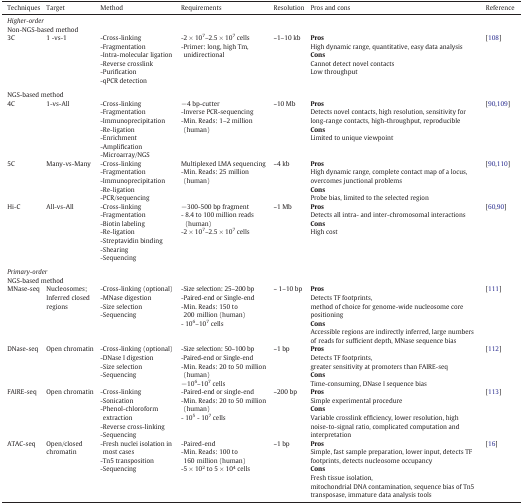
<table><thead><tr><td><b>Techniques</b></td><td><b>Target</b></td><td><b>Method</b></td><td><b>Requirements</b></td><td><b>Resolution</b></td><td><b>Pros and cons</b></td><td><b>Reference</b></td></tr></thead><tbody><tr><td colspan="7"><i>Higher-order</i></td></tr><tr><td colspan="7">Non-NGS-based method</td></tr><tr><td>3C</td><td>1 -vs-1</td><td>-Cross-linking-Fragmentation-Intra-molecular ligation-Reverse crosslink-Purification-qPCR detection</td><td>-2 × 10<sup>7</sup>–2.5 × 10<sup>7</sup> cells-Primer: long, high Tm, unidirectional</td><td>~1–10 kb</td><td><b>Pros</b>High dynamic range, quantitative, easy data analysis<b>Cons</b>Cannot detect novel contactsLow throughput</td><td>[108]</td></tr><tr><td colspan="7">  </td></tr><tr><td colspan="7">NGS-based method</td></tr><tr><td>4C</td><td>1-vs-All</td><td>-Cross-linking-Fragmentation-Immunoprecipitation-Re-ligation-Enrichment-Amplification-Microarray/NGS</td><td>−4 bp-cutter-Inverse PCR-sequencing-Min. Reads: 1–2 million (human)</td><td>~10 Mb</td><td><b>Pros</b>Detects novel contacts, high resolution, sensitivity for long-range contacts, high-throughput, reproducible<b>Cons</b>Limited to unique viewpoint</td><td>[90,109]</td></tr><tr><td>5C</td><td>Many-vs-Many</td><td>-Cross-linking-Fragmentation-Immunoprecipitation-Re-ligation-PCR/sequencing</td><td>Multiplexed LMA sequencing-Min. Reads: 25 million (human)</td><td>~4 kb</td><td><b>Pros</b>High dynamic range, complete contact map of a locus, overcomes junctional problems<b>Cons</b>Probe bias, limited to the selected region</td><td>[90,110]</td></tr><tr><td>Hi-C</td><td>All-vs-All</td><td>-Cross-linking-Fragmentation-Biotin labeling-Re-ligation-Streptavidin binding-Shearing-Sequencing</td><td>−300-500 bp fragment- 8.4 to 100 million reads (human)-2 × 10<sup>7</sup>–2.5 × 10<sup>7</sup> cells</td><td>~1 Mb</td><td><b>Pros</b>Detects all intra- and inter-chromosomal interactions<b>Cons</b>High cost</td><td>[60,90]</td></tr><tr><td colspan="7">  </td></tr><tr><td colspan="7"><i>Primary-order</i></td></tr><tr><td colspan="7">NGS-based method</td></tr><tr><td>MNase-seq</td><td>Nucleosomes;Inferred closed regions</td><td>-Cross-linking (optional)-MNase digestion-Size selection-Sequencing</td><td>-Size selection: 25–200 bp-Paired-end or Single-end-Min. Reads: 150 to 200 million (human)- 10<sup>6</sup>–10<sup>7</sup> cells</td><td>~ 1–10 bp</td><td><b>Pros</b>Detects TF footprints,method of choice for genome-wide nucleosome core positioning<b>Cons</b>Accessible regions are indirectly inferred, large numbers of reads for sufficient depth, MNase sequence bias</td><td>[111]</td></tr><tr><td>DNase-seq</td><td>Open chromatin</td><td>-Cross-linking (optional)-DNase I digestion-Size selection-Sequencing</td><td>-Size selection: 50–100 bp-Paired-end or Single-end-Min. Reads: 20 to 50 million (human)−10<sup>6</sup>–10<sup>7</sup> cells</td><td>~1 bp</td><td><b>Pros</b>Detects TF footprints,greater sensitivity at promoters than FAIRE-seq<b>Cons</b>Time-consuming, DNase I sequence bias</td><td>[112]</td></tr><tr><td>FAIRE-seq</td><td>Open chromatin</td><td>-Cross-linking-Sonication-Phenol-chloroform extraction-Reverse cross-linking-Sequencing</td><td>-Paired-end or single-end-Min. Reads: 20 to 50 million (human)- 10<sup>5</sup> - 10<sup>7</sup> cells</td><td>~200 bp</td><td><b>Pros</b>Simple experimental procedure<b>Cons</b>Variable crosslink efficiency, lower resolution, high noise-to-signal ratio, complicated computation and interpretation</td><td>[113]</td></tr><tr><td>ATAC-seq</td><td>Open/closedchromatin</td><td>-Fresh nuclei isolation in most cases-Tn5 transposition-Sequencing</td><td>-Paired-end-Min. Reads: 100 to 160 million (human)-5 × 10<sup>2</sup> to 5 × 10<sup>4</sup> cells</td><td>~1 bp</td><td><b>Pros</b>Simple, fast sample preparation, lower input, detects TF footprints, detects nucleosome occupancy<b>Cons</b>Fresh tissue isolation,mitochondrial DNA contamination, sequence bias of Tn5 transposase, immature data analysis tools</td><td>[16]</td></tr></tbody></table>